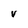
Character: V